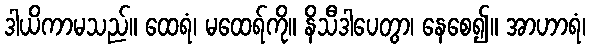
ဒါယိကာမသည်။ ထေရံ၊ မထေရ်ကို။ နိသီဒါပေတွာ၊ နေစေ၍။ အာဟာရံ၊